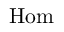
\operatorname { H o m }